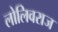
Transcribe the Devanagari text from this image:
लोलिवराज